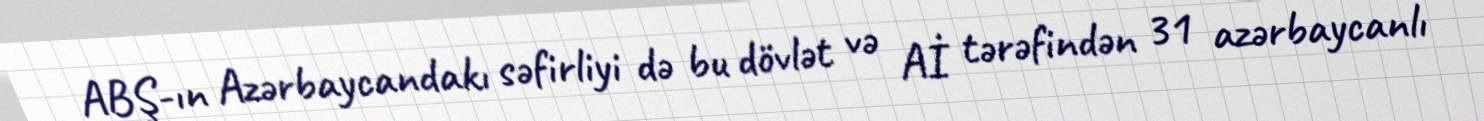
ABŞ-ın Azərbaycandakı səfirliyi də bu dövlət və Aİ tərəfindən 31 azərbaycanlı